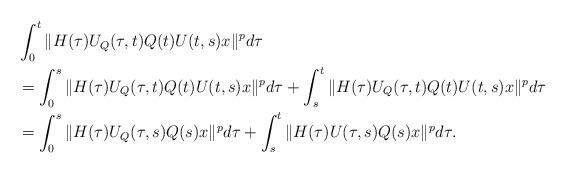
LaTeX: \begin{align*} &\int_0^t \|H(\tau) U_{Q}(\tau,t)Q(t)U(t,s)x\|^p d\tau\\ &= \int_0^s \|H(\tau) U_{Q}(\tau,t)Q(t)U(t,s)x\|^p d\tau + \int_s^t \|H(\tau) U_{Q}(\tau,t)Q(t)U(t,s)x\|^p d\tau\\ &= \int_0^s \|H(\tau) U_{Q}(\tau,s)Q(s)x\|^p d\tau + \int_s^t \|H(\tau) U(\tau,s)Q(s)x\|^p d\tau. \end{align*}